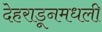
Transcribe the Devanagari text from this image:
देहराडूनमधली